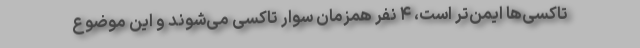
تاکسی‌ها ایمن‌تر است، ۴ نفر همزمان سوار تاکسی می‌شوند و این موضوع